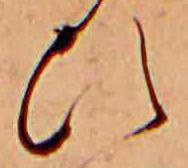
ひ